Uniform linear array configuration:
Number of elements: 8
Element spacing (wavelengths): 0.25
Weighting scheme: exponential
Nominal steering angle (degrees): -30
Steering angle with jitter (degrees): -28.921
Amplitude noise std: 0.05
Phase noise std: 0.05

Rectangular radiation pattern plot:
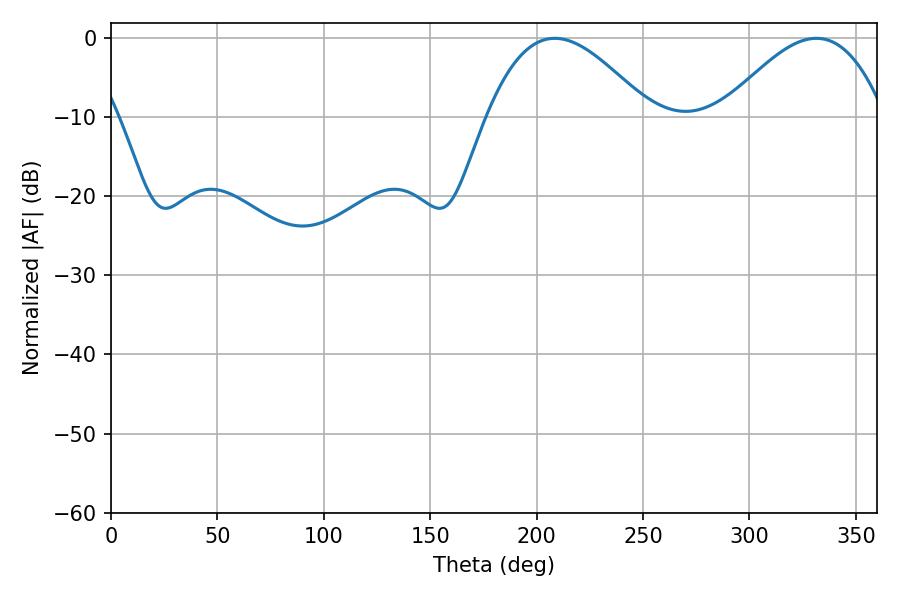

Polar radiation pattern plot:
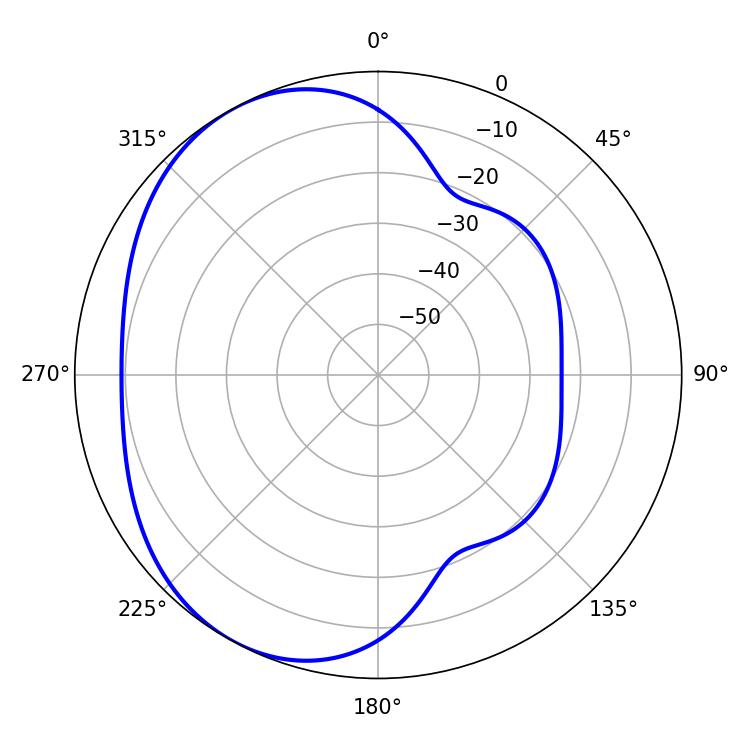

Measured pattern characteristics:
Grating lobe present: FALSE
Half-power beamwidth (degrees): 41.4
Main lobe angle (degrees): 208.62